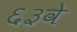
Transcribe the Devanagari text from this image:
६३वे